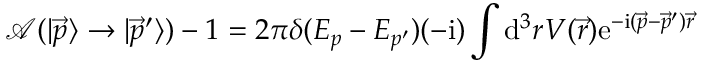
{ \mathcal { A } } ( | { \overrightarrow { p } } \rangle \to | { \overrightarrow { p } } ^ { \prime } \rangle ) - 1 = 2 \pi \delta ( E _ { p } - E _ { p ^ { \prime } } ) ( - \mathrm { i } ) \int \mathrm { d } ^ { 3 } r V ( { \vec { r } } ) \mathrm { e } ^ { - \mathrm { i } ( { \vec { p } } - { \vec { p } } ^ { \prime } ) { \vec { r } } }